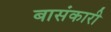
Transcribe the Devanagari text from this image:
बासंकारी